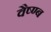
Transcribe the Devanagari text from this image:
वैष्ण्ब